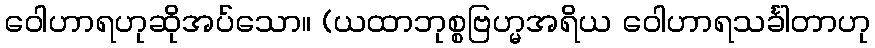
ဝေါဟာရဟုဆိုအပ်သော။ (ယထာဘုစ္စဗြဟ္မအရိယ ဝေါဟာရသင်္ခါတာဟု